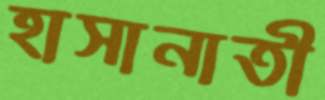
হাসানাতী